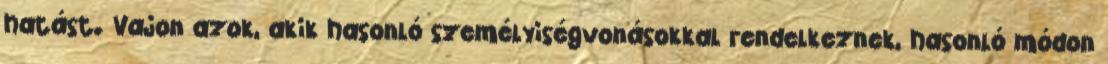
hatást. Vajon azok, akik hasonló személyiségvonásokkal rendelkeznek, hasonló módon